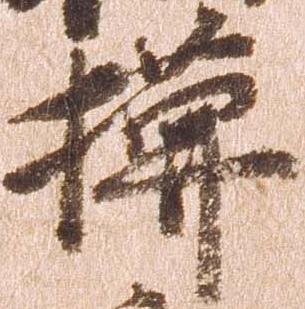
模